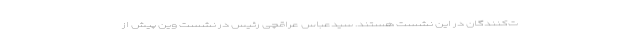
ت‌کنندگان در این نشست هستند. سیدعباس عراقچی رئیس در نشست وین پیش از